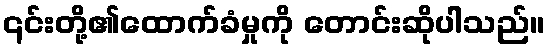
၎င်းတို့၏ထောက်ခံမှုကို တောင်းဆိုပါသည်။